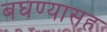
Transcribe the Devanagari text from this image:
बघण्यासह